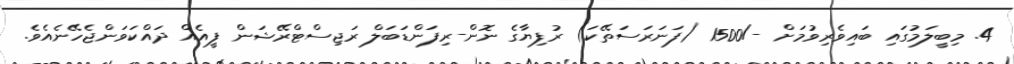
4. މިބީލަމުގައި ބައިވެރިވުމަށް -/1500 (ފަނަރަސަތޭކަ) ރުފިޔާގެ ނޮން-ރިފަންޑަބަލް ރަޖިސްޓްރޭޝަން ފީއެއް ދައްކަވަންޖެހޭނެއެވެ.